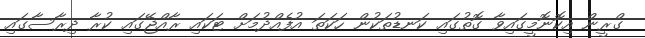
ގްރީން އިކޮނޮމީގައިވާ ގޮތުގައި ކަނޑުތަކުން ހަކަތަ އުފެއްދުމަށް ޓަކައި ރާއްޖޭގައި ކުރާ ދިރާސާގައި